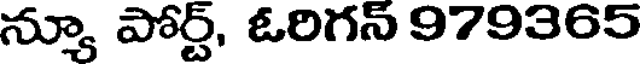
న్యూ పోర్ట్, ఓరిగన్ 979365